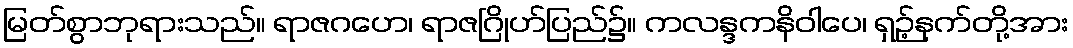
မြတ်စွာဘုရားသည်။ ရာဇဂဟေ၊ ရာဇဂြိုဟ်ပြည်၌။ ကလန္ဒကနိဝါပေ၊ ရှဉ့်နက်တို့အား